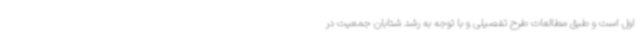
اول است و طبق مطالعات طرح تفصیلی و با توجه به رشد شتابان جمعیت در